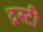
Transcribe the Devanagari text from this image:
द्रस्टी